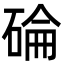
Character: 碖